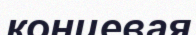
концевая